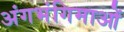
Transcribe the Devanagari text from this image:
अंगभंगिमाओं